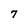
Character: 7